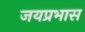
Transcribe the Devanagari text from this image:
जयप्रभास